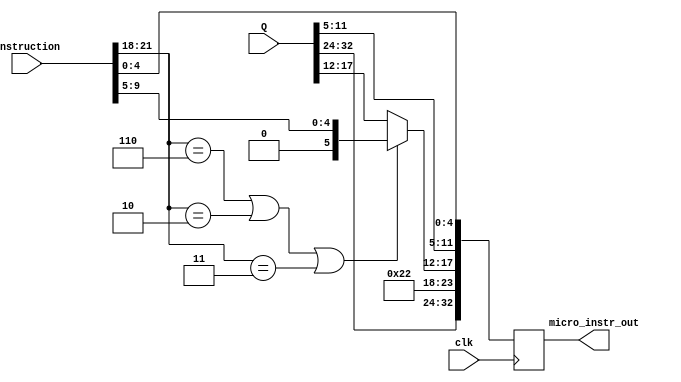



module Instruction_Mux (
    Q,
    instruction,
    micro_instr_out,
	clk
);

	input [32:0] Q;
	input [21:0] instruction;
	input clk;
	output reg [32:0] micro_instr_out;

	always @(negedge clk) begin
		micro_instr_out = Q;
		micro_instr_out[4:0] = instruction[4:0]; // Pongo lo que tiene que ir en A
		micro_instr_out[23:18] = 6'b100010;
		if (instruction[21:18] == 4'b0110 || instruction[21:18] == 4'b0010 || instruction[21:18] == 4'b0011) begin
			micro_instr_out[17:12] = instruction[9:5]; // Pongo C
		end
	end
endmodule